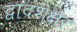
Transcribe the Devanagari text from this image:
द्वादशक्षर